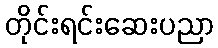
တိုင်းရင်းဆေးပညာ